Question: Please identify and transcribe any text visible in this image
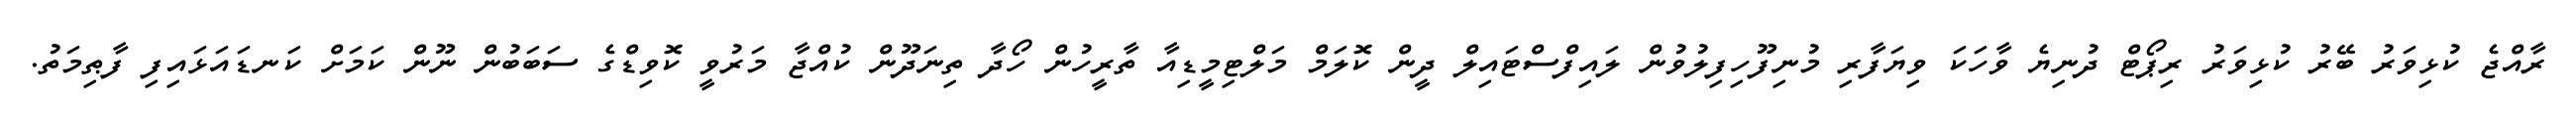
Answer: ރާއްޖެ ކުޅިވަރު ބޭރު ކުޅިވަރު ރިޕޯޓް ދުނިޔެ ވާހަކަ ވިޔަފާރި މުނިފޫހިފިލުވުން ލައިފްސްޓައިލް ދީން ކޮލަމް މަލްޓިމީޑިއާ ތާރީހުން ހޯދާ ތިނަދޫން ކުއްޖާ މަރުވީ ކޮވިޑްގެ ސަބަބުން ނޫން ކަމަށް ކަނޑައަޅައިފި ފާޠިމަތު.